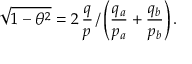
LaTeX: \sqrt { 1 - \theta ^ { 2 } } = 2 \, \frac { q } { p } \, / \left( \frac { q _ { a } } { p _ { a } } + \frac { q _ { b } } { p _ { b } } \right) .